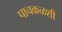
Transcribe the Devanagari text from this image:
पाचकळशी